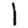
Digit: 1